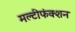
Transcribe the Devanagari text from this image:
मल्टीफंक्शन